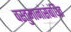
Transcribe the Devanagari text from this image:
वस्तुमानांसंबंधित